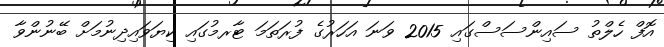
އޮފް ހެލްތު ސައިންސަސްގައި 2015 ވަނަ އަހަރުގެ ފުރަތަމަ ޓާރމުގައި ކިޔަވައިދިނުމަށް ބޭނުންވާ